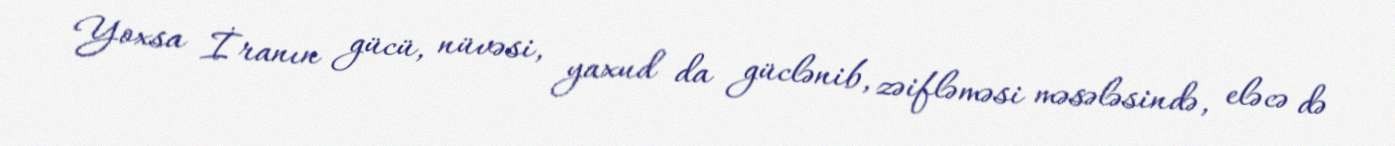
Yoxsa İranın gücü, nüvəsi, yaxud da güclənib, zəifləməsi məsələsində, eləcə də